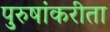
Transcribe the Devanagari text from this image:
पुरुषांकरीता